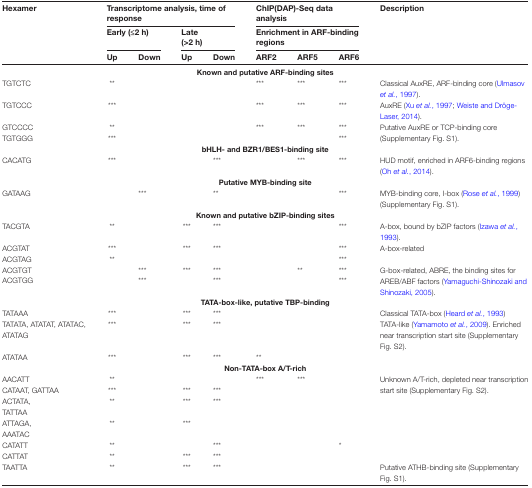
<table><thead><tr><td rowspan="3"><b>Hexamer</b></td><td colspan="4"><b>Transcriptome analysis, time of response</b></td><td colspan="3"><b>ChIP(DAP)-Seq data analysis</b></td><td rowspan="3"><b>Description</b></td></tr><tr><td colspan="2"><b>Early (≤2 h)</b></td><td colspan="2"><b>Late(&gt;2 h)</b></td><td colspan="3"><b>Enrichment in ARF-binding regions</b></td></tr><tr><td><b>Up</b></td><td><b>Down</b></td><td><b>Up</b></td><td><b>Down</b></td><td><b>ARF2</b></td><td><b>ARF5</b></td><td><b>ARF6</b></td></tr></thead><tbody><tr><td colspan="9"><b>Known and putative ARF-binding sites</b></td></tr><tr><td>TGTCTC</td><td>**</td><td></td><td></td><td></td><td>***</td><td>***</td><td>***</td><td>Classical AuxRE, ARF-binding core (Ulmasov <i>et al.</i>, 1997).</td></tr><tr><td>TGTCCC</td><td>***</td><td></td><td></td><td></td><td>***</td><td>***</td><td>***</td><td>AuxRE (Xu <i>et al.</i>, 1997; Weiste and Dröge- Laser, 2014).</td></tr><tr><td>GTCCCC</td><td>**</td><td></td><td></td><td></td><td>***</td><td>***</td><td>***</td><td rowspan="2">Putative AuxRE or TCP-binding core (Supplementary Fig. S1).</td></tr><tr><td>TGTGGG</td><td>***</td><td></td><td></td><td></td><td></td><td></td><td>***</td></tr><tr><td colspan="9"><b>bHLH- and BZR1/BES1-binding site</b></td></tr><tr><td>CACATG</td><td>***</td><td></td><td></td><td>***</td><td></td><td>***</td><td>***</td><td>HUD motif, enriched in ARF6-binding regions (Oh <i>et al.</i>, 2014).</td></tr><tr><td colspan="9"><b>Putative MYB-binding site</b></td></tr><tr><td>GATAAG</td><td></td><td>***</td><td></td><td>**</td><td></td><td></td><td>***</td><td>MYB-binding core, I-box (Rose <i>et al.</i>, 1999) (Supplementary Fig. S1).</td></tr><tr><td colspan="9"><b>Known and putative bZIP-binding sites</b></td></tr><tr><td>TACGTA</td><td>**</td><td></td><td>***</td><td>***</td><td></td><td></td><td>***</td><td>A-box, bound by bZIP factors (Izawa <i>et al.</i>, 1993).</td></tr><tr><td>ACGTAT</td><td>***</td><td></td><td>***</td><td>***</td><td></td><td></td><td>***</td><td rowspan="2">A-box-related</td></tr><tr><td>ACGTAG</td><td>**</td><td></td><td></td><td></td><td></td><td></td><td>***</td></tr><tr><td>ACGTGT</td><td></td><td>***</td><td>***</td><td>***</td><td></td><td>**</td><td>***</td><td rowspan="2">G-box-related, ABRE, the binding sites for AREB/ABF factors (Yamaguchi-Shinozaki and Shinozaki, 2005).</td></tr><tr><td>ACGTGG</td><td></td><td>***</td><td></td><td>***</td><td></td><td></td><td>***</td></tr><tr><td colspan="9"><b>TATA-box-like, putative TBP-binding</b></td></tr><tr><td>TATAAA</td><td>***</td><td></td><td>***</td><td>***</td><td></td><td></td><td></td><td>Classical TATA-box (Heard <i>et al.</i>, 1993)</td></tr><tr><td>TATATA, ATATAT, ATATAC, ATATAG</td><td>***</td><td></td><td>***</td><td>***</td><td></td><td></td><td></td><td>TATA-like (Yamamoto <i>et al.</i>, 2009). Enriched near transcription start site (Supplementary Fig. S2).</td></tr><tr><td>ATATAA</td><td>***</td><td></td><td>***</td><td>***</td><td>**</td><td></td><td></td><td></td></tr><tr><td colspan="9"><b>Non-TATA-box A/T-rich</b></td></tr><tr><td>AACATT</td><td>**</td><td></td><td></td><td></td><td>***</td><td>***</td><td></td><td rowspan="5">Unknown A/T-rich, depleted near transcription start site (Supplementary Fig. S2).</td></tr><tr><td>CATAAT, GATTAA</td><td>***</td><td></td><td>***</td><td>***</td><td></td><td></td><td></td></tr><tr><td>ACTATA,TATTAA</td><td>**</td><td></td><td>***</td><td>***</td><td></td><td></td><td></td></tr><tr><td>ATTAGA,AAATAC</td><td>**</td><td></td><td>***</td><td></td><td></td><td></td><td></td></tr><tr><td>CATATT</td><td>**</td><td></td><td></td><td>***</td><td rowspan="2"></td><td rowspan="2"></td><td rowspan="2">*</td></tr><tr><td>CATTAT</td><td>**</td><td></td><td>***</td><td>***</td><td></td></tr><tr><td>TAATTA</td><td>**</td><td></td><td>***</td><td>***</td><td></td><td></td><td></td><td>Putative ATHB-binding site (Supplementary Fig. S1).</td></tr></tbody></table>